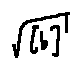
\sqrt { [ b ] }